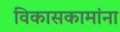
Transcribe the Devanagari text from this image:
विकासकामांना